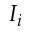
I _ { i }